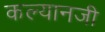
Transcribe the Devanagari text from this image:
कल्यानजी